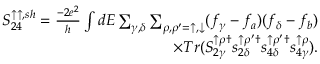
\begin{array} { r } { { S _ { 2 4 } ^ { \uparrow \uparrow , s h } = \frac { - 2 e ^ { 2 } } { h } \int d E \sum _ { \gamma , \delta } \sum _ { \rho , \rho ^ { \prime } = \uparrow , \downarrow } ( f _ { \gamma } - f _ { a } ) ( f _ { \delta } - f _ { b } ) } } \\ { { \times T r ( S _ { 2 \gamma } ^ { \uparrow \rho \dagger } s _ { 2 \delta } ^ { \uparrow \rho ^ { \prime } \dagger } s _ { 4 \delta } ^ { \uparrow \rho ^ { \prime } \dagger } s _ { 4 \gamma } ^ { \uparrow \rho } ) } . } \end{array}